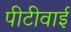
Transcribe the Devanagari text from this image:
पीटीवाई